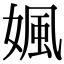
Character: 㜄